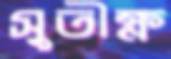
সুতীক্ষ্ণ